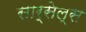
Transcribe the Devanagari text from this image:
सार्सेल्स